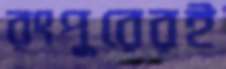
রংপুরেরই